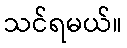
သင်ရမယ်။